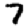
Digit: 7